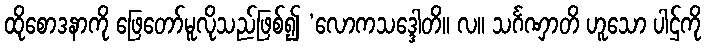
ထိုစောဒနာကို ဖြေတော်မူလိုသည်ဖြစ်၍ ‘လောကသဒ္ဒေါတိ။ လ။ သင်္ဂဏှာတိ ဟူသော ပါဌ်ကို